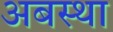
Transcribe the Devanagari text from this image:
अबस्था